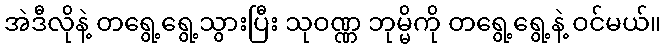
အဲဒီလိုနဲ့ တရွေ့ရွေ့သွားပြီး သုဝဏ္ဏ ဘုမ္မိကို တရွေ့ရွေ့နဲ့ ဝင်မယ်။